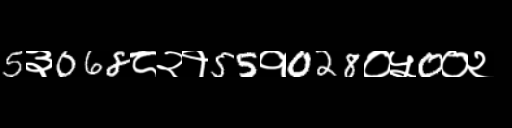
Text: 5३068८२१55१028०५0०२